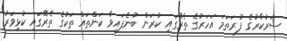
ސަރުކާރުގެ ފުރަތަމަ އަހަރުގެ ތެރޭގައި ކުރަން ބުނެފައިވާ ކަންތައް ތަކުގެ ތެރޭގައި ކުޅިވަރު